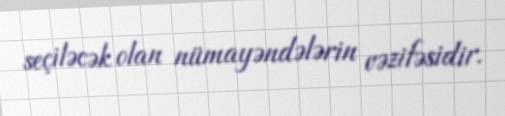
seçiləcək olan nümayəndələrin vəzifəsidir.